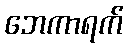
ဘေကာရက်